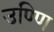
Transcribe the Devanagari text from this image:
उण्णि